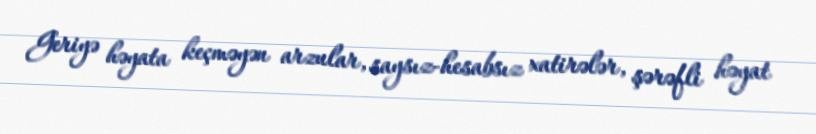
Geriyə həyata keçməyən arzular, saysız-hesabsız xatirələr, şərəfli həyat